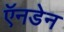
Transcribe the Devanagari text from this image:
ऍनडेन